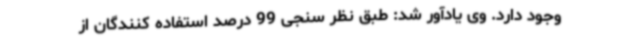
وجود دارد. وی یادآور شد: طبق نظر سنجی 99 درصد استفاده کنندگان از